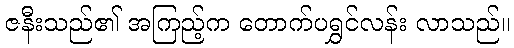
ဇနီးသည်၏ အကြည့်က တောက်ပရွှင်လန်း လာသည်။